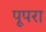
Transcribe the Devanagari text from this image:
पूपरा